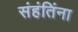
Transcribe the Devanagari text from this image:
संहंतिंना